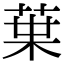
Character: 𫟒